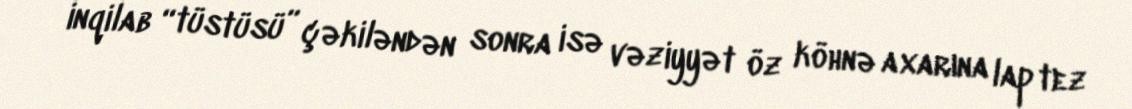
inqilab “tüstüsü” çəkiləndən sonra isə vəziyyət öz köhnə axarına lap tez